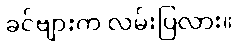
ခင်ဗျားက လမ်းပြလား။